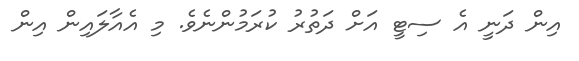
އިން ދަނީ އެ ސިޓީ އަށް ދަތުރު ކުރަމުންނެވެ. މި އެއާލައިން އިން